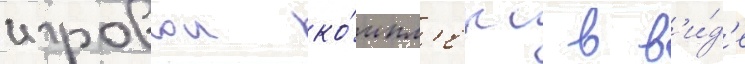
игровои ко́мпл'екс в в'и́д'е